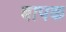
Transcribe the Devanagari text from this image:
बापक